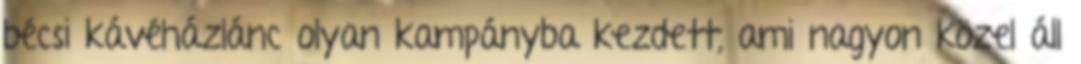
bécsi kávéházlánc olyan kampányba kezdett, ami nagyon közel áll